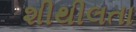
શીથીલતા